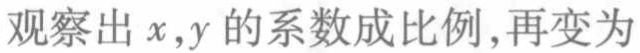
观察出 \(x,y\) 的系数成比例,再变为